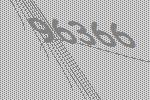
96366